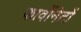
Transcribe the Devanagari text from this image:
कार्वोनेटों